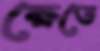
ক্ষেতে